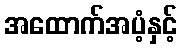
အထောက်အပံ့နှင့်